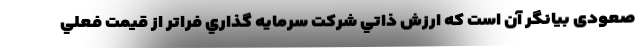
صعودی بيانگر آن است که ارزش ذاتي شركت سرمايه گذاري فراتر از قيمت فعلي